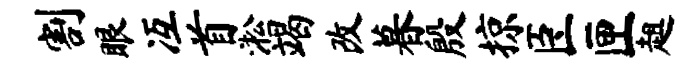
割眼冱首淞竭改暮殷掠臣匣趄